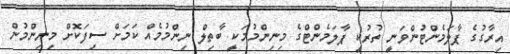
އިރާގުގެ ޕާލަމެންޓުންވަނީ ތުރުކީ ޕާލަމެންޓްގެ މިނިންމުމަކީ ބާތިލް ނިންމުމެއް ކަމަށް ސިފަކޮށް މިނިންމުން